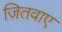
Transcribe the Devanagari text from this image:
जितवाए